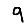
Digit: 9